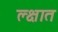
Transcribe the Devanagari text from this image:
ल्क्षात